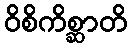
ဝိစိကိစ္ဆာတိ